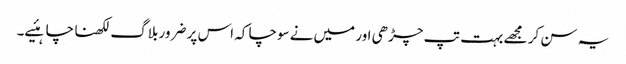
یہ سن کر مجھے بہت تپ چڑھی اور میں‌نے سوچا کہ اس پر ضرور بلاگ لکھنا چاہئیے۔